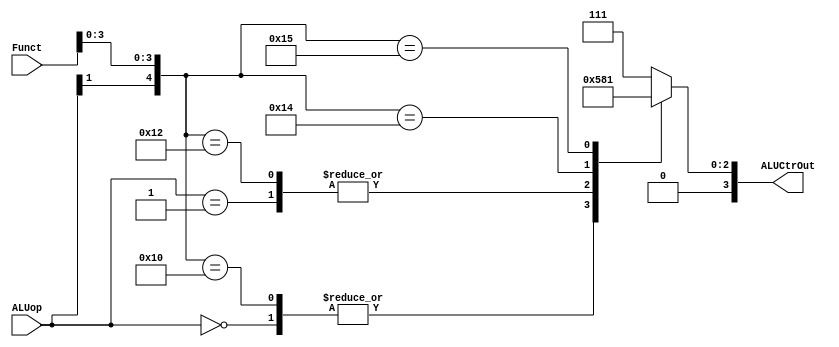
`timescale 1ns / 1ps
//////////////////////////////////////////////////////////////////////////////////
// Company: 
// Engineer: 
// 
// Design Name: 
// Module Name: ALU_tb
// Project Name: 
// Target Devices: 
// Tool Versions: 
// Description: 
// 
// Dependencies: 
// 
// Revision:
// Revision 0.01 - File Created
// Additional Comments:
// 
//////////////////////////////////////////////////////////////////////////////////


module ALUCtr(
    input [1:0] ALUop,
    input [5:0] Funct,
    output [3:0] ALUCtrOut
    );
    
    reg[3:0] aLUCtrOut;
    
    always @ (ALUop or Funct)
    begin
        casex ({ALUop, Funct})
            8'b00xxxxxx : aLUCtrOut = 4'b0010;
            8'b01xxxxxx : aLUCtrOut = 4'b0110;
            8'b1xxx0000 : aLUCtrOut = 4'b0010;
            8'b1xxx0010 : aLUCtrOut = 4'b0110;
            8'b1xxx0100 : aLUCtrOut = 4'b0000;
            8'b1xxx0101 : aLUCtrOut = 4'b0001;
            default: aLUCtrOut = 4'b0111;
        endcase
    end
    assign ALUCtrOut = aLUCtrOut;
endmodule